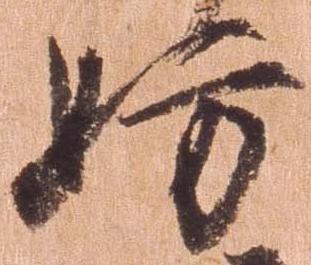
妨